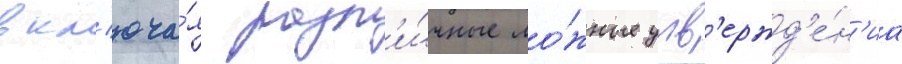
вкл'юча́я разл'и́чные ло́жные утв'ержд'е́н'иа